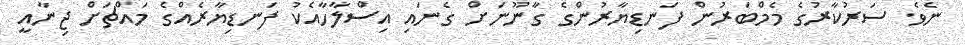
ނެވެ. ސަރުކާރުގެ މެމްބަރުން ފަނޑިޔާރުންގެ ގާނޫނަށް ގެނައި އިސްލާހާއެކު ފަނޑިޔާރެއްގެ މައްޗަށް ޖިނާއީ